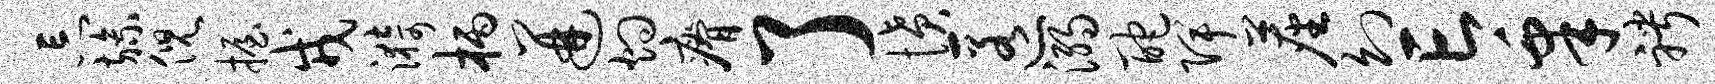
忘旒倪握戎漪柄迸灼瘠了愤匿溺酡陴尘幻亡皋聘